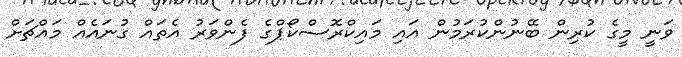
ވަނީ މީގެ ކުރިން ބޭނުންކުރަމުން އައި މައިކްރޮސްކޯޕްގެ ފެންވަރު އެތައް ގުނައެއް މައްޗަށް